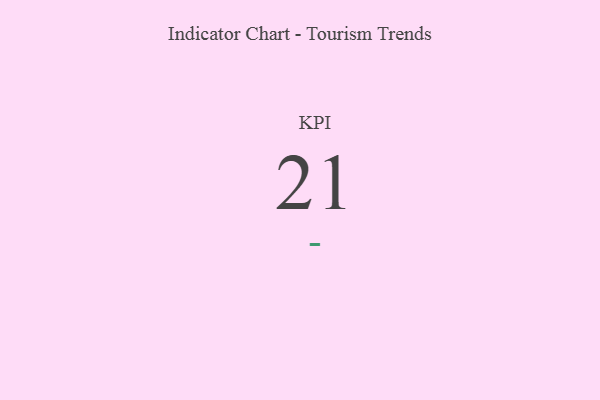
{"axis": {"x": "KPI", "y": "Value"}, "legend": [""], "data": [{"x": "KPI", "y": 21, "type": ""}]}